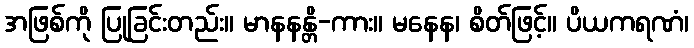
အဖြစ်ကို ပြုခြင်းတည်း။ မာနနန္တိ-ကား။ မနေန၊ စိတ်ဖြင့်။ ပိယကရဏံ၊